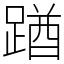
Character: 䠓